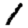
Digit: 1